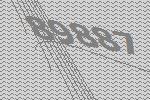
89887